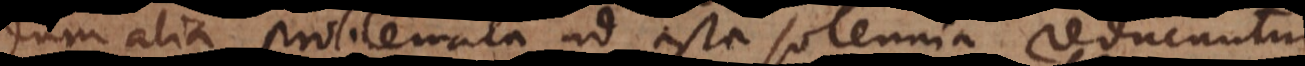
dum alia problemata ad ista solennia reducuntur.